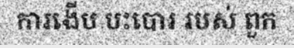
ការងើប បះបោរ របស់ ពួក